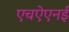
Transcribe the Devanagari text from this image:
एचऐएनई